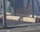
માસીક